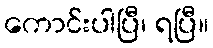
ကောင်းပါပြီ၊ ရပြီ။